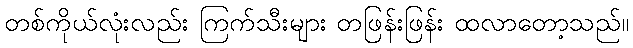
တစ်ကိုယ်လုံးလည်း ကြက်သီးများ တဖြန်းဖြန်း ထလာတော့သည်။